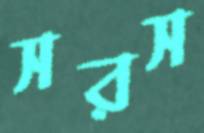
সরস